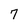
Character: 7